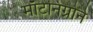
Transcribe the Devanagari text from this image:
माँटेनिग्रोने